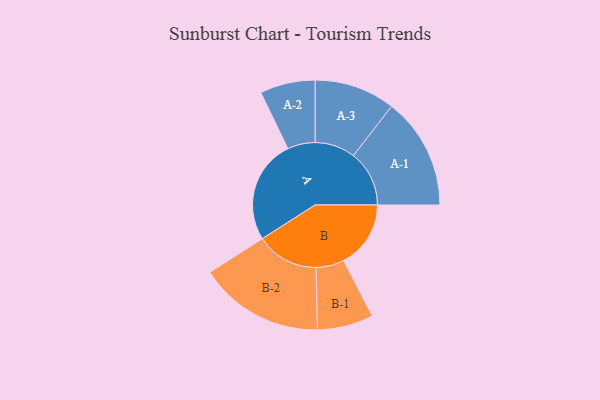
{"axis": {"x": "Segment", "y": "Value"}, "legend": ["", "A", "B"], "data": [{"x": "A", "y": 462, "type": ""}, {"x": "B", "y": 299, "type": ""}, {"x": "A-1", "y": 249, "type": "A"}, {"x": "A-2", "y": 123, "type": "A"}, {"x": "A-3", "y": 180, "type": "A"}, {"x": "B-1", "y": 125, "type": "B"}, {"x": "B-2", "y": 279, "type": "B"}]}